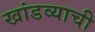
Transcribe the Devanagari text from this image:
खांडव्याची